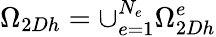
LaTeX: \Omega_{2Dh}=\cup_{e=1}^{N_{e}}\Omega_{2Dh}^{e}